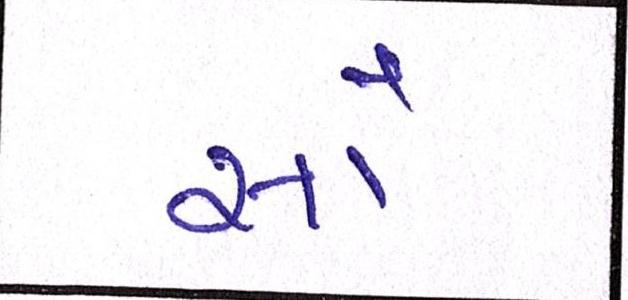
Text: સૌ